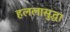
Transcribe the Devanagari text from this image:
हललासुद्धा